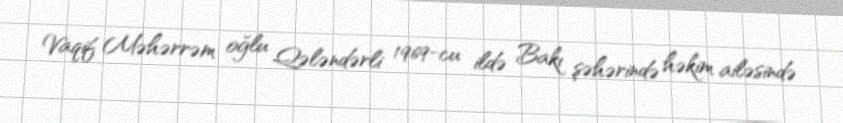
Vaqif Məhərrəm oğlu Qələndərli 1969-cu ildə Bakı şəhərində həkim ailəsində